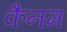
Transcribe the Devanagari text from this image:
कैनम